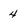
Character: 4